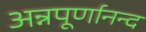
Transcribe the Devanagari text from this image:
अन्नपूर्णानन्द